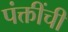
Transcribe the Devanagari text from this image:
पंक्तींची